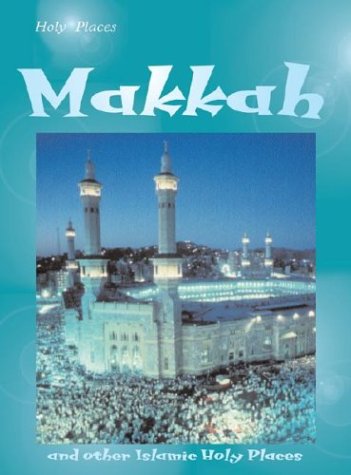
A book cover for Mecca (Holy Places); Mandy Ross; Religion & Spirituality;